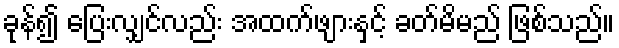
ခုန်၍ ပြေးလျှင်လည်း အထက်ဖျားနှင့် ခတ်မိမည် ဖြစ်သည်။